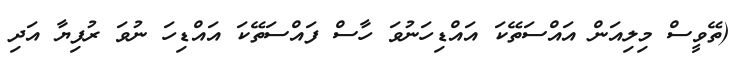
(ތޭވީސް މިލިއަން އައްސަތޭކަ އައްޑިހަނުވަ ހާސް ފައްސަތޭކަ އައްޑިހަ ނުވަ ރުފިޔާ އަދި